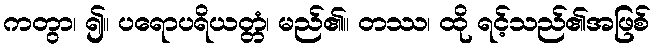
ကတွာ၊ ၍။ ပရောပရိယတ္တံ၊ မည်၏။ တဿ၊ ထို ရင့်သည်၏အဖြစ်